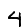
Digit: 4